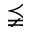
\precneqq